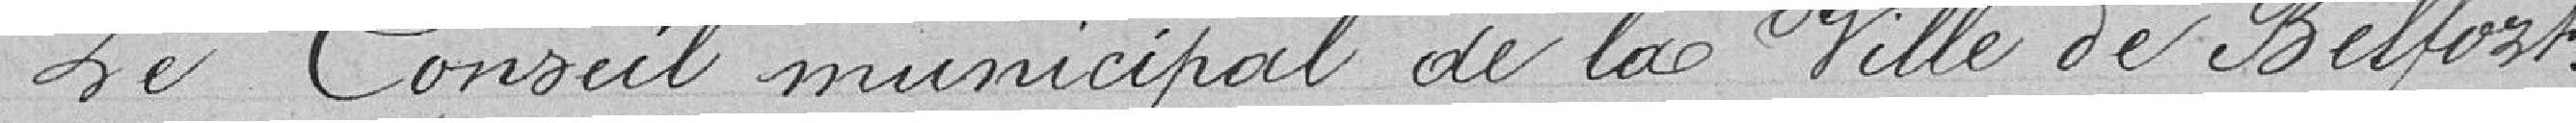
Le conseil municipal de la ville de Belfort :